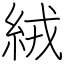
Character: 絨